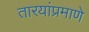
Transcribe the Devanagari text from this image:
तारयांप्रमाणे